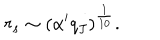
r _ { s } \sim \left( \alpha ^ { \prime } q _ { J } \right) ^ { \frac { 1 } { 1 0 } } .